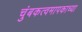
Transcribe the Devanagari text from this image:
चुंबकत्वमापकाच्या